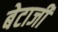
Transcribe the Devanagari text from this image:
बेटाजी